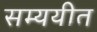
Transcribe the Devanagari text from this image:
सम्ययीत